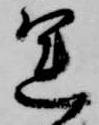
運